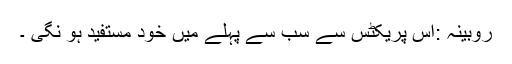
روبینہ :اس پریکٹس سے سب سے پہلے میں خود مستفید ہو نگی ۔